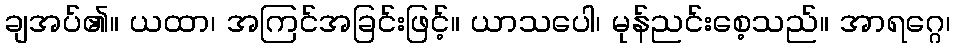
ချအပ်၏။ ယထာ၊ အကြင်အခြင်းဖြင့်။ ယာသပေါ၊ မုန်ညင်းစေ့သည်။ အာရဂ္ဂေ၊